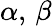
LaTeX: \alpha,\, \beta